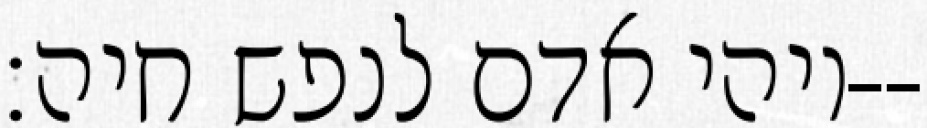
ויהי אדם לנפש חיה׃--